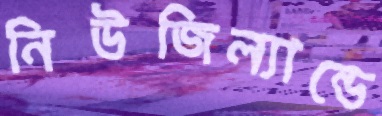
নিউজিল্যান্ডে